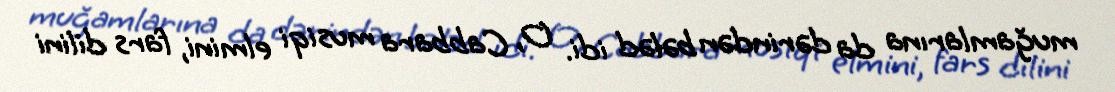
muğamlarına da dərindən bələd idi. O, Cabbara musiqi elmini, fars dilini